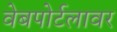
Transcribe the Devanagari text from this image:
वेबपोर्टलावर